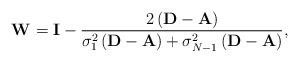
LaTeX: \begin{align*} {\bf{W}} = {\bf{I}} -\frac{2\left( {{\bf{D}} - {\bf{A}}} \right)}{ \sigma _1^2\left( {{\bf{D}} - {\bf{A}}} \right) + \sigma _{N - 1}^2\left( {{\bf{D}} - {\bf{A}}} \right)} ,\end{align*}